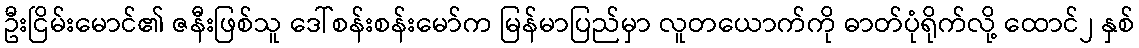
ဦးငြိမ်းမောင်၏ ဇနီးဖြစ်သူ ဒေါ်စန်းစန်းမော်က မြန်မာပြည်မှာ လူတယောက်ကို ဓာတ်ပုံရိုက်လို့ ထောင်၂ နှစ်